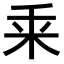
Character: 𠂲